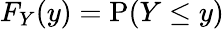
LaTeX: F_{Y}(y)=\operatorname{P}(Y\leq y)